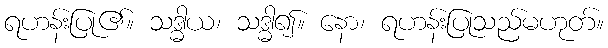
ရဟန်းပြု၏။ သဒ္ဓါယ၊ သဒ္ဓါ၍။ နော၊ ရဟန်းပြုသည်မဟုတ်။